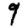
Digit: 9